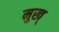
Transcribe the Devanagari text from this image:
मुख्